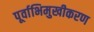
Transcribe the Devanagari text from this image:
पूर्वाभिमुखीकरण